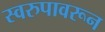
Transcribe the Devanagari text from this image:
स्वरुपावरून